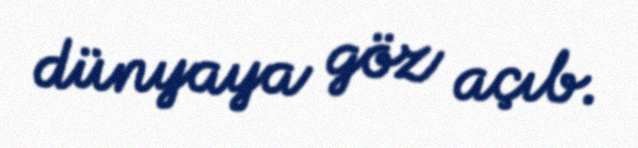
dünyaya göz açıb.